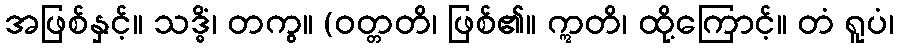
အဖြစ်နှင့်။ သဒ္ဓိံ၊ တကွ။ (ဝတ္တတိ၊ ဖြစ်၏။ ဣတိ၊ ထို့ကြောင့်။ တံ ရူပံ၊